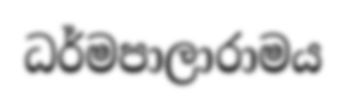
ධර්මපාලාරාමය